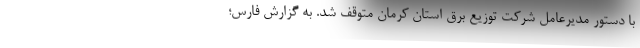
با دستور مدیرعامل شرکت توزیع برق استان کرمان متوقف شد. به گزارش فارس؛